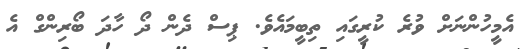
އެމީހުންނަށް ވުރެ ކުރީގައި ތިބީމައެވެ. ޕިސް ދެން ދޯ ހާދަ ބޯރިންގް އެ